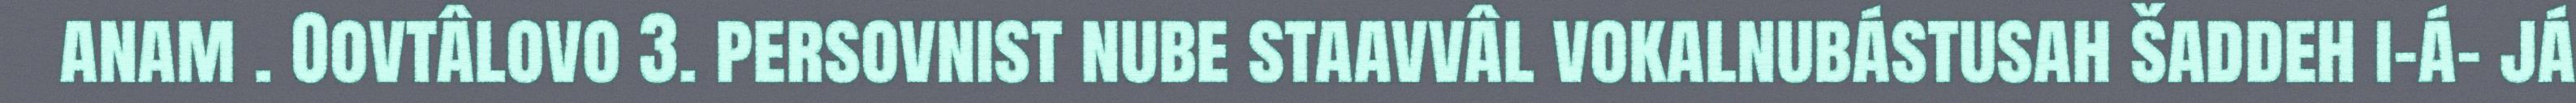
anam . Oovtâlovo 3. persovnist nube staavvâl vokalnubástusah šaddeh i-á- já